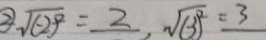
\textcircled { 2 } \sqrt { ( - 2 ) ^ { 2 } } = 2 , \sqrt { ( 3 ) ^ { 2 } } = 3